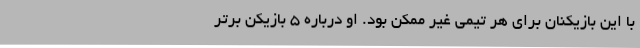
با این بازیکنان برای هر تیمی غیر ممکن بود. او درباره 5 بازیکن برتر